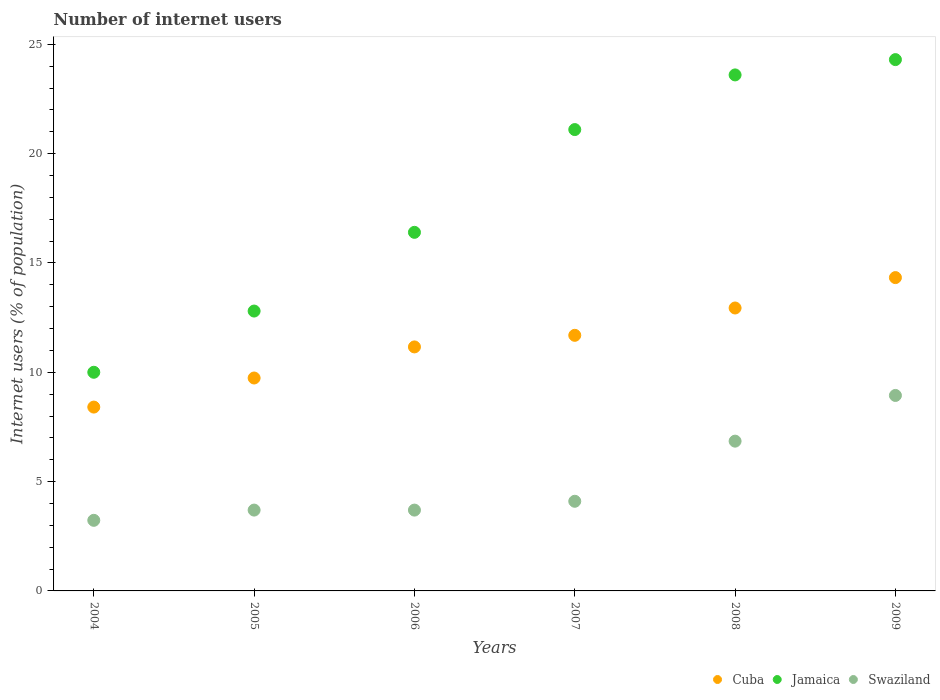
| Years | Cuba | Jamaica | Swaziland |
 | --- | --- | --- | --- |
 | 2004 | 8.41 | 10 | 3.23 |
 | 2005 | 9.74 | 12.8 | 3.7 |
 | 2006 | 11.2 | 16.4 | 3.7 |
 | 2007 | 11.7 | 21.1 | 4.1 |
 | 2008 | 12.9 | 23.6 | 6.85 |
 | 2009 | 14.3 | 24.3 | 8.94 |